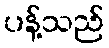
ပန့်သည်